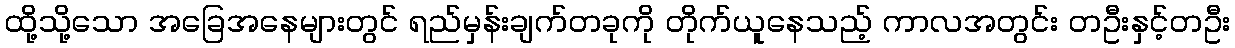
ထို့သို့သော အခြေအနေများတွင် ရည်မှန်းချက်တခုကို တိုက်ယူနေသည့် ကာလအတွင်း တဦးနှင့်တဦး